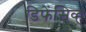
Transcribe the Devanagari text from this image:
डिफेंसिव्ह